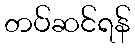
တပ်ဆင်ရန်